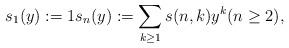
LaTeX: \begin{align*}s_1(y):=1 s_n(y):=\sum_{k\geq 1} s(n,k) y^k (n\geq 2),\end{align*}